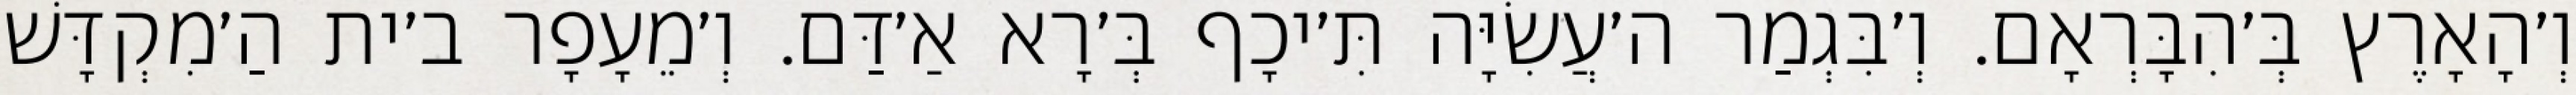
וְ׳הָאָרֶץ בְּ׳הִבָּרְאָם. וְ׳בִּגְמַר ה׳עֲשִׂיָּה תִּ׳יכָף בְּ׳רָא אַ׳דַּם. וְ׳מֵעָפָר ב׳ית הַ׳מִקְדָּשׁ